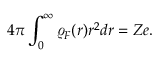
4 \pi \int _ { 0 } ^ { \infty } \varrho _ { F } ( r ) r ^ { 2 } d r = Z e .